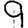
Digit: 9